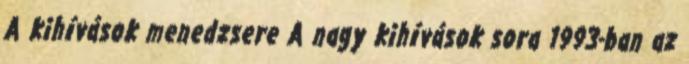
A kihívások menedzsere A nagy kihívások sora 1993-ban az